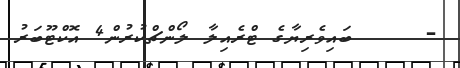
-     ބައިވެރިޔާގެ ޓްރެއިލާ ލޯންޗްކުރުން4 އޮކްޓޫބަރު